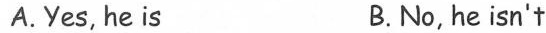
A.Yes, he is B.No, he isn't